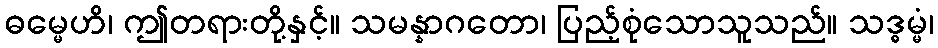
ဓမ္မေဟိ၊ ဤတရားတို့နှင့်။ သမန္နာဂတော၊ ပြည့်စုံသောသူသည်။ သဒ္ဓမ္မံ၊